Report on vaccination in Madras 1877-1894 - 1877-1894
Year: 1877
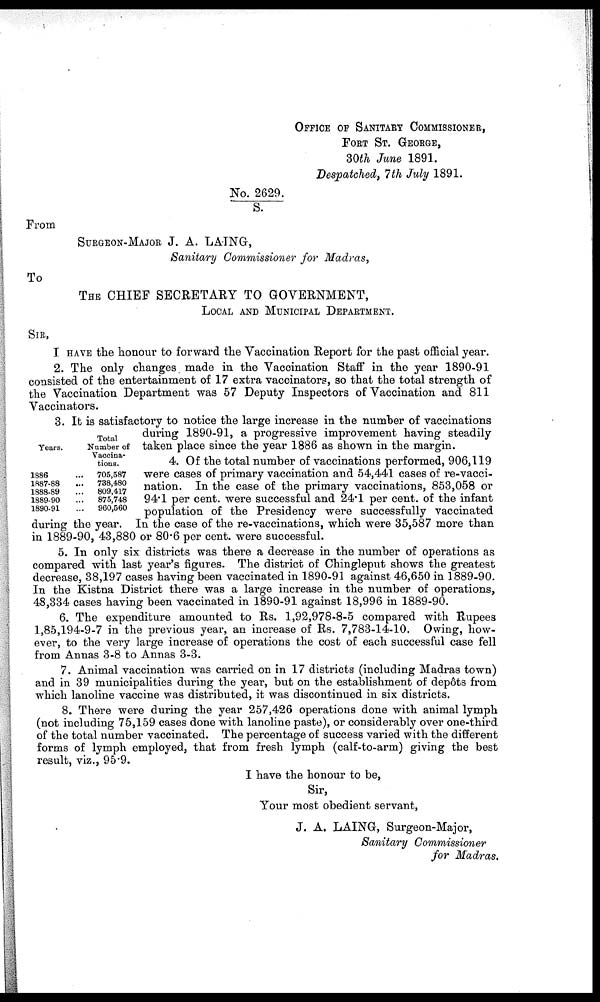
OFFICE OF SANITARY COMMISSIONER,
FORT ST. GEORGE,
30th June 1891.
Despatched, 7th July 1891.
No. 2629./S.
From
SURGEON-MAJOR J. A. LAING,
Sanitary Commissioner for Madras,
To
THE CHIEF SECRETARY TO GOVERNMENT,
LOCAL AND MUNICIPAL DEPARTMENT.
SIR,
I HAVE the honour to forward the Vaccination Report for the past official year.
2. The only changes made in the Vaccination Staff in the year 1890-91
consisted of the entertainment of 17 extra vaccinators, so that the total strength of
the Vaccination Department was 57 Deputy Inspectors of Vaccination and 811
Vaccinators.
Years.
1886 ...
1887-88 ...
1888-89 ...
1889-90 ...
1890-91 ...
Total
Number of
Vaccina-
tions.
705,587
738,480
809,417
875,748
960,560
3. It is satisfactory to notice the large increase in the number of vaccinations
during 1890-91, a progressive improvement having steadily
taken place since the year 1886 as shown in the margin.
4. Of the total number of vaccinations performed, 906,119
were cases of primary vaccination and 54,441 cases of re-vacci-
nation. In the case of the primary vaccinations, 853,058 or
94.1 per cent. were successful and 24.1 per cent. of the infant
population of the Presidency were successfully vaccinated
during the year. In the case of the re-vaccinations, which were 35,587 more than
in 1889-90, 43,880 or 80.6 per cent. were successful.
5. In only six districts was there a decrease in the number of operations as
compared with last year's figures. The district of Chingleput shows the greatest
decrease, 38,197 cases having been vaccinated in 1890-91 against 46,650 in 1889-90.
In the Kistna District there was a large increase in the number of operations,
48,334 cases having been vaccinated in 1890-91 against 18,996 in 1889-90.
6. The expenditure amounted to Rs. 1,92,978-8-5 compared with Rupees
1,85,194-9-7 in the previous year, an increase of Rs. 7,783-14-10. Owing, how-
ever, to the very large increase of operations the cost of each successful case fell
from Annas 3-8 to Annas 3-3.
7. Animal vaccination was carried on in 17 districts (including Madras town)
and in 39 municipalities during the year, but on the establishment of depôts from
which lanoline vaccine was distributed, it was discontinued in six districts.
8. There were during the year 257,426 operations done with animal lymph
(not including 75,159 cases done with lanoline paste), or considerably over one-third
of the total number vaccinated. The percentage of success varied with the different
forms of lymph employed, that from fresh lymph (calf-to-arm) giving the best
result, viz., 95.9.
I have the honour to be,
Sir,
Your most obedient servant,
J. A. LAING, Surgeon-Major,
Sanitary Commissioner
for Madras.